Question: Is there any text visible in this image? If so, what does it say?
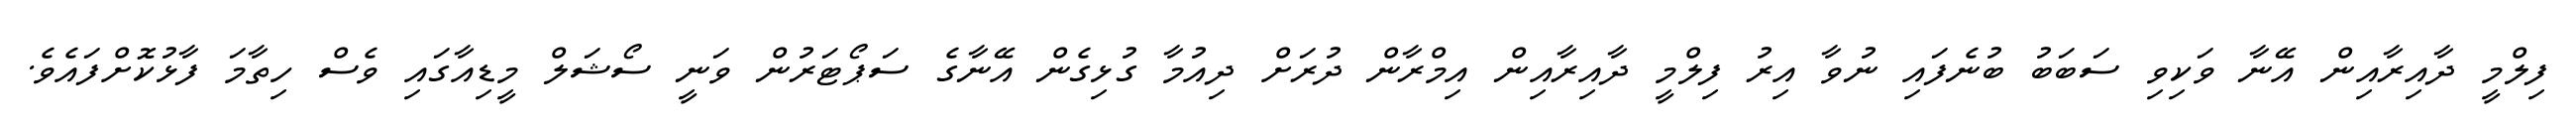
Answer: ފިލްމީ ދާއިރާއިން އޭނާ ވަކިވި ސަބަބު ބުނެފައި ނުވާ އިރު ފިލްމީ ދާއިރާއިން އިމްރާން ދުރަށް ދިއުމާ ގުޅިގެން އޭނާގެ ސަޕޯޓަރުން ވަނީ ސޯޝަލް މީޑިއާގައި ވެސް ހިތާމަ ފާޅުކޮށްފައެވެ.